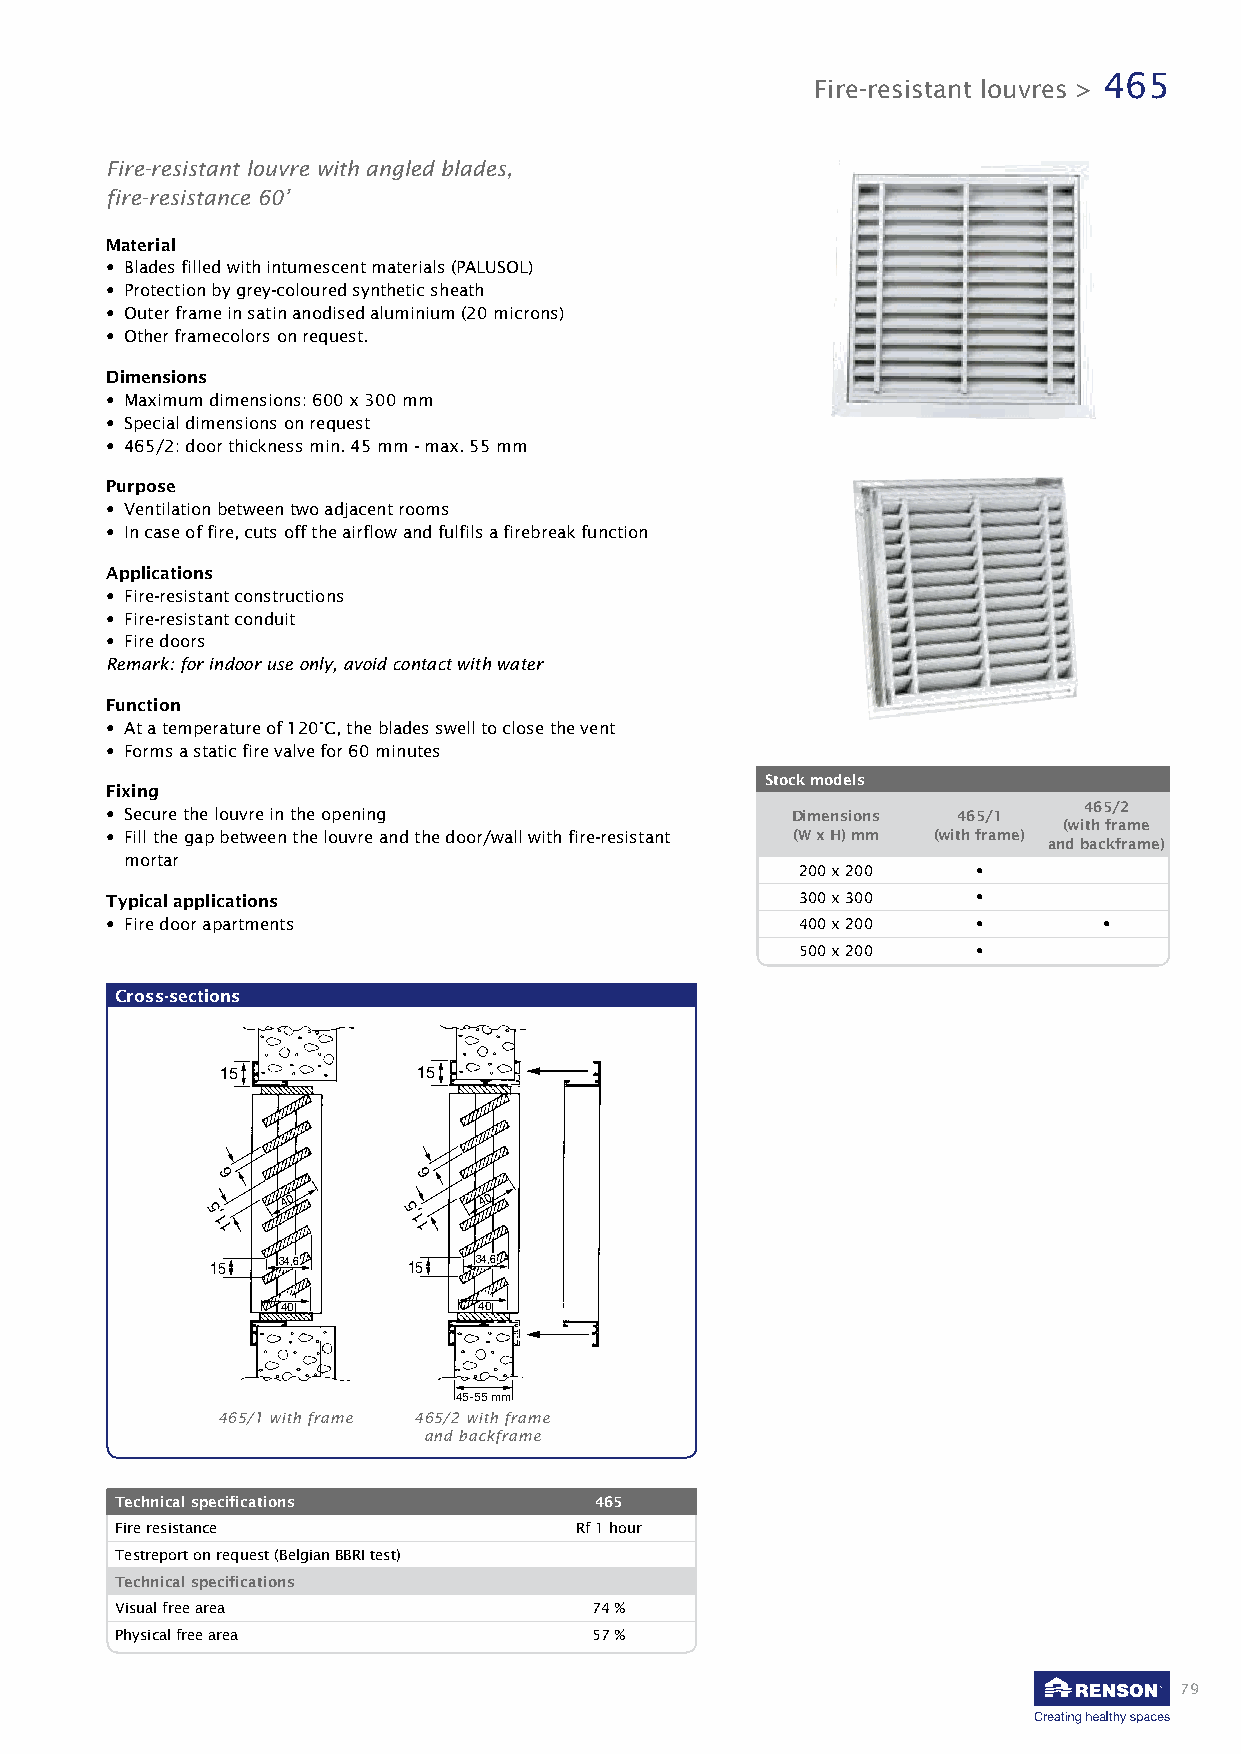
465
 Fire-resistant louvres >
 Fire-resistant louvre with angled blades,
 fire-resistance 60’
 Material
 • Blades filled with intumescent materials (PALUSOL)
 • Protection by grey-coloured synthetic sheath
 • Outer frame in satin anodised aluminium (20 microns)
 • Other framecolors on request.
 Dimensions
 • Maximum dimensions: 600 x 300 mm
 • Special dimensions on request
 • 465/2: door thickness min. 45 mm - max. 55 mm
 Purpose
 • Ventilation between two adjacent rooms
 • In case of fire, cuts off the airflow and fulfils a firebreak function
 Applications
 • Fire-resistant constructions
 • Fire-resistant conduit
 • Fire doors
 Remark: for indoor use only, avoid contact with water
 Function
 • At a temperature of 120°C, the blades swell to close the vent
 • Forms a static fire valve for 60 minutes
 Stock models
 Fixing
 465/2
 • Secure the louvre in the opening           Dimensions 465/1
 (with frame
 • Fill the gap between the louvre and the door/wall with fire-resistant (W x H) mm (with frame)
 and backframe)
 mortar
 200 x 200   •
 Typical applications                          300 x 300   •
 • Fire door apartments                        400 x 200   •       •
 500 x 200   •
 Cross-sections
 15           15
 6            6
 40           40
 5,           5,
 1            1
 1            1
 15  34,6     15   34,6
 40           40
 45-55 mm
 465/1 with frame 465/2 with frame
 and backframe
 Technical specifications       465
 Fire resistance               Rf 1 hour
 Testreport on request (Belgian BBRI test)
 Technical specifications
 Visual free area               74 %
 Physical free area             57 %
 79